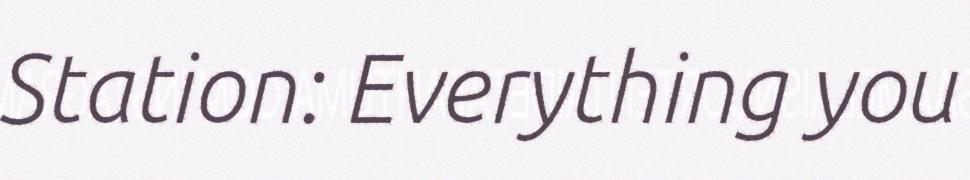
Station: Everything you